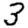
Digit: 3